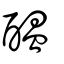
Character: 醞